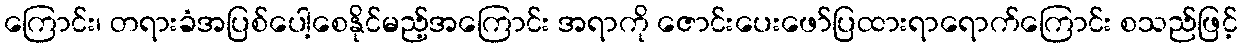
ကြောင်း၊ တရားခံအပြစ်ပေါ့စေနိုင်မည့်အကြောင်း အရာကို ဇောင်းပေးဖော်ပြထားရာရောက်ကြောင်း စသည်ဖြင့်